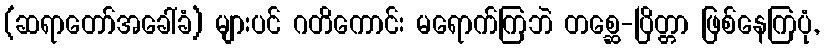
(ဆရာတော်အခေါ်ခံ) များပင် ဂတိကောင်း မရောက်ကြဘဲ တစ္ဆေ-ပြိတ္တာ ဖြစ်နေကြပုံ,